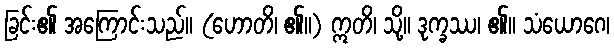
ခြင်း၏ အကြောင်းသည်။ (ဟောတိ၊ ၏။) ဣတိ၊ သို့။ ဒုက္ခဿ၊ ၏။ သံယောဂေ၊